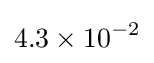
4.3\times 10^{-2}